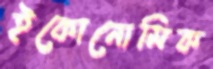
ইকোনোমিক